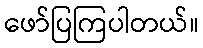
ဖော်ပြကြပါတယ်။